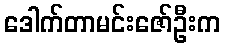
ဒေါက်တာမင်းဇော်ဦးက